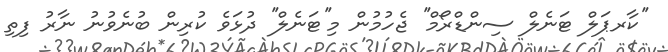
''ކާރޕަލް ޓަނެލް ސިންޑްރޯމް'' ޖެހުމުން މި''ޓަނެލް'' ދުޅަވެ ކުރިން ބުނެވުނު ނާރު ފިތި